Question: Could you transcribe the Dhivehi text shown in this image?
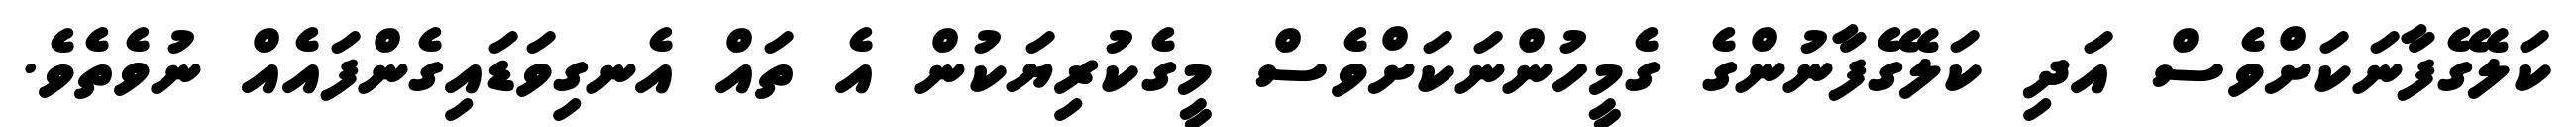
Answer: ކަލޭގެފާނަކަށްވެސް އަދި ކަލޭގެފާނުންގެ ގެމީހުންނަކަށްވެސް މީގެކުރިޔަކުން އެ ތައް އެނގިވަޑައިގެންފައެއް ނުވެތެވެ.